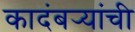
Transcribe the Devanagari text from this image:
कादंबर्‍यांंची